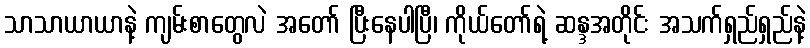
သာသာယာယာနဲ့ ကျမ်းစာတွေလဲ အတော် ပြီးနေပါပြီ၊ ကိုယ်တော်ရဲ့ ဆန္ဒအတိုင်း အသက်ရှည်ရှည်နဲ့